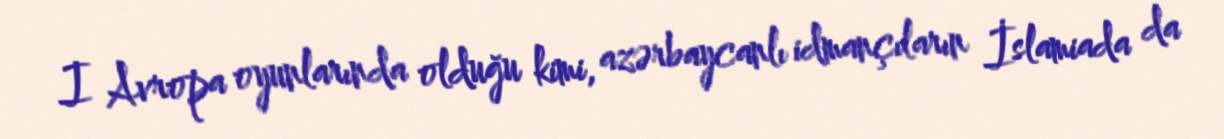
I Avropa oyunlarında olduğu kimi, azərbaycanlı idmançıların İslamiada da